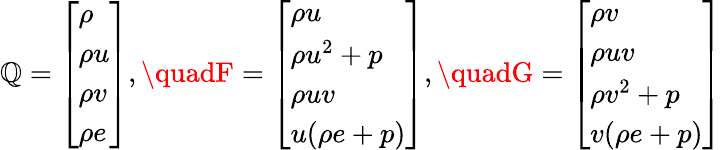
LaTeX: \mathbb{Q}=\left[\begin{array}{l}{\rho}\\ {\rho u}\\ {\rho v}\\ {\rho e}\end{array}\right],\quadF=\left[\begin{array}{l}{\rho u}\\ {\rho u^{2}+p}\\ {\rho uv}\\ {u(\rho e+p)}\end{array}\right],\quadG=\left[\begin{array}{l}{\rho v}\\ {\rho uv}\\ {\rho v^{2}+p}\\ {v(\rho e+p)}\end{array}\right]